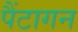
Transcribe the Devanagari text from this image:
पैंटागन